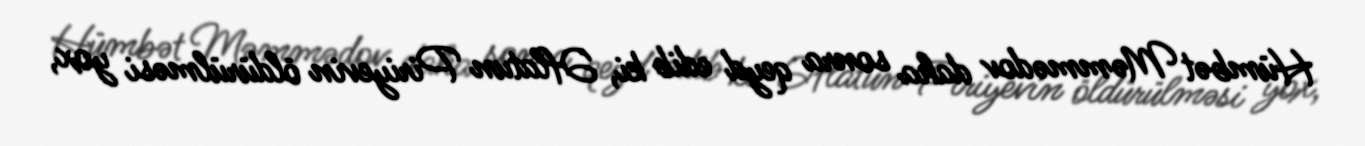
Hümbət Məmmədov daha sonra qeyd edib ki, Əflatun Piriyevin öldürülməsi yox,